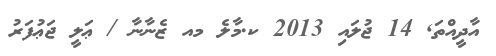
އާދީއްތަ